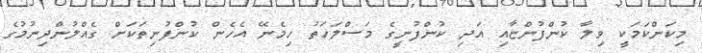
މިކަންކަމަކީ ވިލާ ކުންފުންޏާއި އަދި ކުންފުނީގެ މަސްލަހަތު ހިމެނޭ އެހެން ކުންފުނިތަކަށް ގެއްލުންދިނުމުގެ